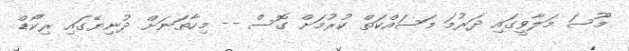
މޫސަ މަލާވީގައި ދަރުމަ މަސައްކަތް ކުރުމަށް ގޮސް -- މިހާތަނަށް ދުނިޔޭގައި ރިކޯޑް